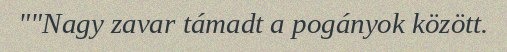
""Nagy zavar támadt a pogányok között.